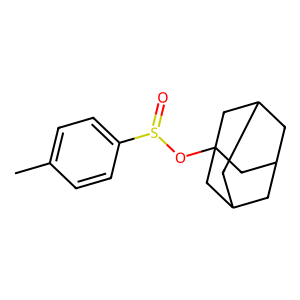
SMILES: Cc1ccc(S(=O)OC23CC4CC(CC(C4)C2)C3)cc1
Inhibits HIV replication: No